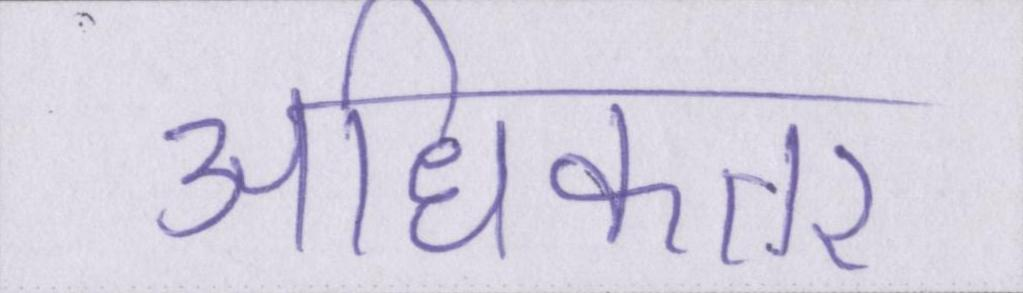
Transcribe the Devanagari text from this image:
अधिकतर